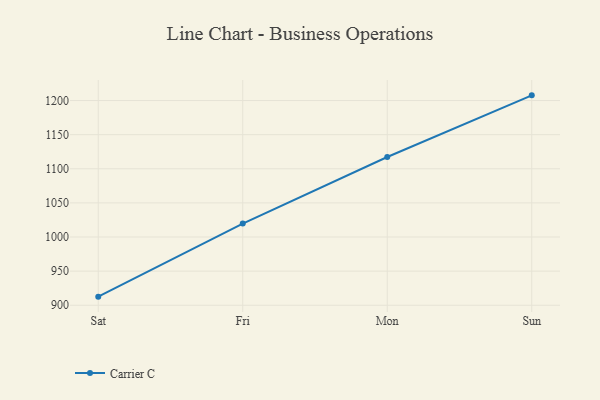
{"axis": {"x": "Day", "y": "Satisfaction Score"}, "legend": ["Carrier C"], "data": [{"x": "Sat", "y": 912.6, "type": "Carrier C"}, {"x": "Fri", "y": 1019.7, "type": "Carrier C"}, {"x": "Mon", "y": 1117.3, "type": "Carrier C"}, {"x": "Sun", "y": 1207.6, "type": "Carrier C"}]}